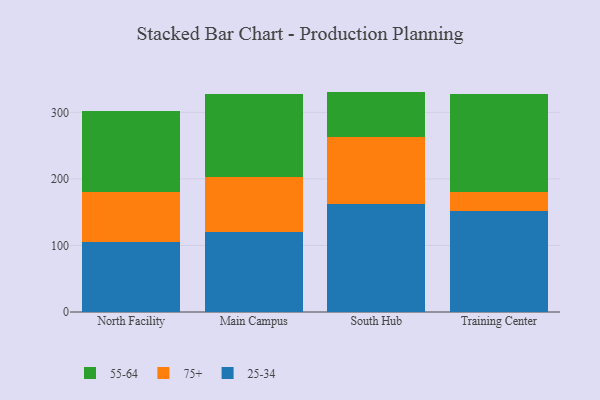
{"axis": {"x": "Campus", "y": "Shipments"}, "legend": ["25-34", "55-64", "75+"], "data": [{"x": "North Facility", "y": 105.2, "type": "25-34"}, {"x": "North Facility", "y": 74.4, "type": "75+"}, {"x": "North Facility", "y": 123.1, "type": "55-64"}, {"x": "Main Campus", "y": 119.6, "type": "25-34"}, {"x": "Main Campus", "y": 83.7, "type": "75+"}, {"x": "Main Campus", "y": 124.3, "type": "55-64"}, {"x": "South Hub", "y": 161.7, "type": "25-34"}, {"x": "South Hub", "y": 101.7, "type": "75+"}, {"x": "South Hub", "y": 67.8, "type": "55-64"}, {"x": "Training Center", "y": 152.5, "type": "25-34"}, {"x": "Training Center", "y": 28.0, "type": "75+"}, {"x": "Training Center", "y": 146.5, "type": "55-64"}]}